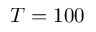
T = 1 0 0